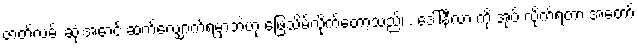
ဇာတ်လမ်း ဆုံးအောင် ဆက်လျှောက်ရမှာဘဲဟု ဖြေသိမ့်လိုက်တော့သည်၊ . ဒေါ်နီလာ ကို အုပ် လိုက်ရတာ အတော်